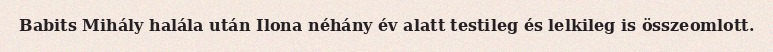
Babits Mihály halála után Ilona néhány év alatt testileg és lelkileg is összeomlott.